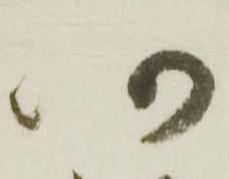
仍